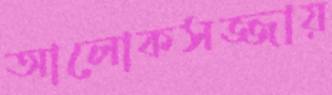
আলোকসজ্জায়